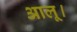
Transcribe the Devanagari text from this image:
आलू।